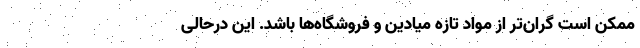
ممکن است گران‌تر از مواد تازه میادین و فروشگاه‌ها باشد. این درحالی